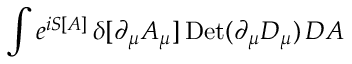
\int e ^ { i S [ A ] } \, \delta [ \partial _ { \mu } A _ { \mu } ] \, \mathrm { D e t } ( \partial _ { \mu } D _ { \mu } ) \, { \cal D } A